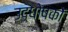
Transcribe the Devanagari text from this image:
उद्धोषकों